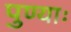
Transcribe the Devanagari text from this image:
पुण्याः